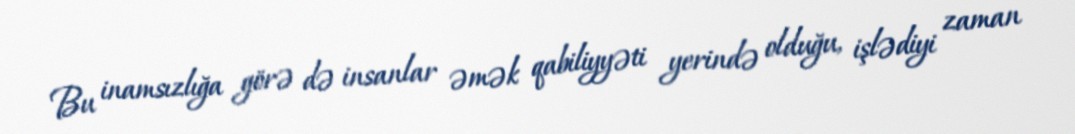
Bu inamsızlığa görə də insanlar əmək qabiliyyəti yerində olduğu, işlədiyi zaman